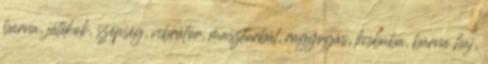
barna, játékok, szépség, vibrátor, maszturbál, ragyogás, kisbaba, barna haj,